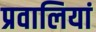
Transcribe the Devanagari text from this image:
प्रवालियां